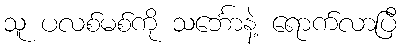
သူ ပလစ်မစ်ကို သင်္ဘောနဲ့ ရောက်လာပြီ